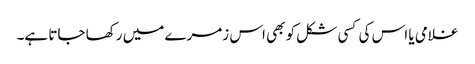
غلامی یا اس کی کسی شکل کو بھی اس زمرے میں رکھا جاتا ہے۔